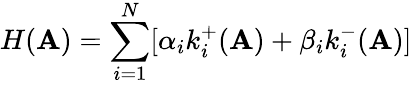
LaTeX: H(\mathbf{A})=\sum_{i=1}^{N}[\alpha_{i}k_{i}^{+}(\mathbf{A})+\beta_{i}k_{i}^{-}(\mathbf{A})]